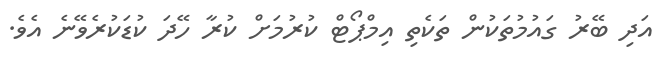
އަދި ބޭރު ގައުމުތަކުން ތަކެތި އިމްޕޯޓް ކުރުމަށް ކުރާ ހޭދަ ކުޑަކުރެވޭނެ އެވެ.